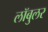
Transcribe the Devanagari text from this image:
लॉबुलर